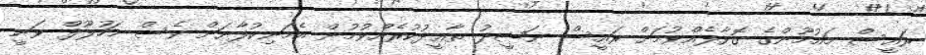
ރައީސް މައުމޫންގެ ގޮވާލެއްވުމަށް ރައީސް ނަޝީދު ތާޢީދުކުރެއްވުމުން އެމަނިކުފާނަށް ވެސް މަހުލޫފް ވަނީ